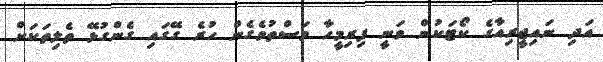
އަަދި ނައިޖީރިއާގެ ކޯޓަކުން ވަނީ ފިރިމީހާ މަސްތުވެގެން ހުރެ ގޭގައި ގެންގުޅޭ ތެލިތަކަށް